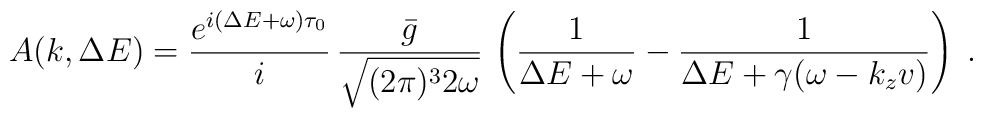
A(k,\Delta E)=\frac{e^{i(\Delta E +\omega)\tau_0}}{i} \,  \frac{\bar{g}}{\sqrt{(2\pi)^3 2\omega}} \, \left( \frac{1}{\Delta E +\omega} - \frac{1}{\Delta E +\gamma(\omega-k_z v)} \right) \; .